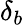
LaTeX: \delta_{b}